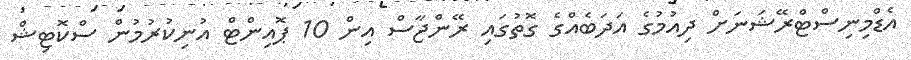
އެޑްމިނިސްޓްރޭޝަނަށް ދިއުމުގެ އަދަބެއްގެ ގޮތުގައި ރޭންޖާސް އިން 10 ޕޮއިންޓް އުނިކުރުމުން ސްކޮޓިޝް